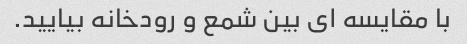
با مقایسه ای بین شمع و رودخانه بیایید.